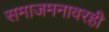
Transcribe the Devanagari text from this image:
समाजमनावरही